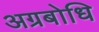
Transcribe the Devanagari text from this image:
अग्रबोधि